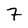
Character: 7